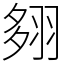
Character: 翗